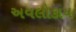
અવલોકાય